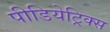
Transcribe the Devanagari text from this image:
पीडियेट्रिक्स